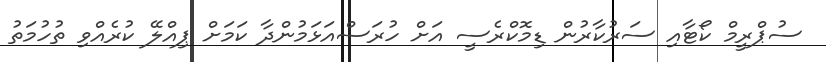
ސުޕްރީމް ކޯޓާއި ސަރުކާރުން ޑިމޮކްރެސީ އަށް ހުރަސްއަޅަމުންދާ ކަމަށް ޕިއްލޭ ކުރެއްވި ތުހުމަތު